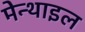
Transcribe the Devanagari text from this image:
मेन्थाइल